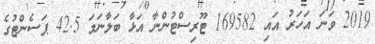
2019 ވަނަ އަހަރު އައި 169582 ޓޫރިސްޓުންނާ އަޅާ ބަލާނަމަ 42.5 ޕަސެންޓުގެ